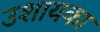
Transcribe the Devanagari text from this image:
उशायका